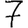
Digit: 7